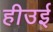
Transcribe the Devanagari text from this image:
हीउई